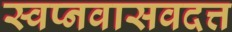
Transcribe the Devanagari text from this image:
स्वप्नवासवदत्त